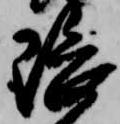
隈